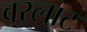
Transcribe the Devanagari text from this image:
वरलाट